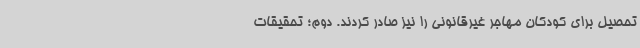
تحصیل برای کودکان مهاجر غیرقانونی را نیز صادر کردند. دوم؛ تحقیقات